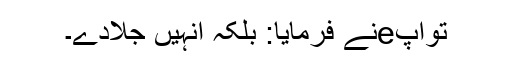
توآپeنے فرمایا: بلکہ انہیں جلادے۔